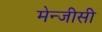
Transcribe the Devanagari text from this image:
मेन्जीसी